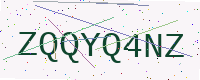
Text: ZQQYQ4NZ